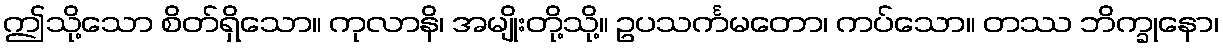
ဤသို့သော စိတ်ရှိသော။ ကုလာနိ၊ အမျိုးတို့သို့။ ဥပသင်္ကမတော၊ ကပ်သော။ တဿ ဘိက္ခုနော၊